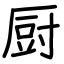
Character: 厨